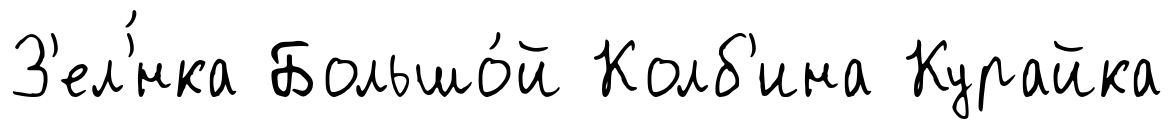
З'ел'́нка Большо́й Колб'ина Курайка